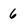
Character: 6